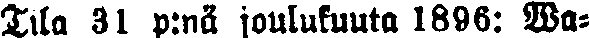
Tila 31 p:nä joulukuuta 1896: Wa-